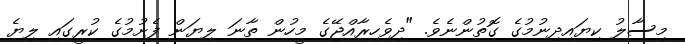
މިސާލު ކިޔައިދިނުމުގެ ގޮތުންނެވެ. "ދިވެހިރާއްޖޭގެ މީހުން ތާނަ ލިޔަން ފެށުމުގެ ކުރީގައި ލިޔެ